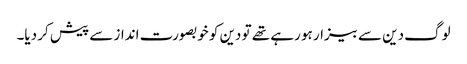
لوگ دین سے بیزار ہو رہے تھے تو دین کو خوبصورت انداز سے پیش کر دیا۔